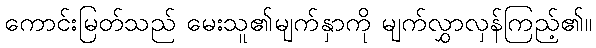
ကောင်းမြတ်သည် မေးသူ၏မျက်နှာကို မျက်လွှာလှန်ကြည့်၏။